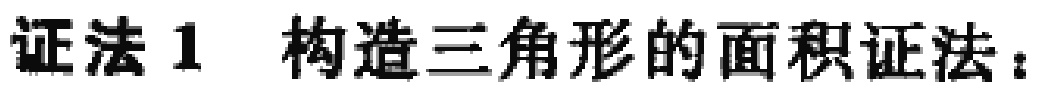
证法1 构造三角形的面积证法：